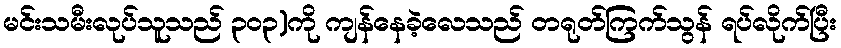
မင်းသမီးလုပ်သူသည် ၃၀၃)ကို ကျန်နေခဲ့လေသည် တရုတ်ကြက်သွန် ရပ်လိုက်ပြီး